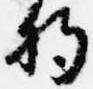
将